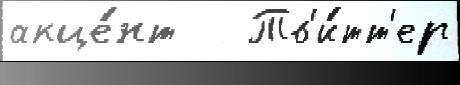
акце́нт   Тв'и́тт'ер